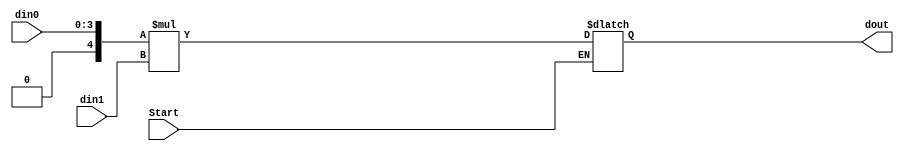
`timescale 1ns / 1ps
//////////////////////////////////////////////////////////////////////////////////
// Company: 
// Engineer: 
// 
// Design Name: 
// Module Name: Multiplicator
// Project Name: 
// Target Devices: 
// Tool Versions: 
// Description: 
// 
// Dependencies: 
// 
// Revision:
// Revision 0.01 - File Created
// Additional Comments:
// 
//////////////////////////////////////////////////////////////////////////////////


module Multiplicator(Start, din0, din1, dout);

parameter a=4;
parameter b=8;

input Start;
input signed [a-1:0] din0, din1;
output reg signed [b-1:0] dout;

always@(*) begin
    if(Start) dout = $signed({1'b0,din0}) * $signed(din1);
end

endmodule